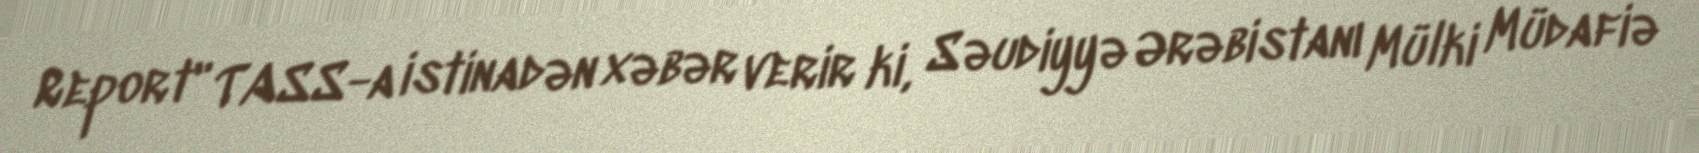
Report" TASS-a istinadən xəbər verir ki, Səudiyyə Ərəbistanı Mülki Müdafiə